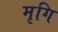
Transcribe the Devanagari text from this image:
मृगि